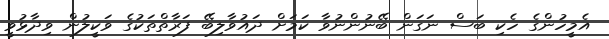
އެމީހުންގެ ހެކި ބަސް ނަގަން ބޭނުންނުވާ ކަމަށް ދައުވާލިބޭ ފަރާތްތަކުގެ ވަކީލުން ވިދާޅުވީ